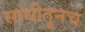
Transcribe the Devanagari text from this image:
साथीतूनच